Heimtali_vallavalitsus, lk 4
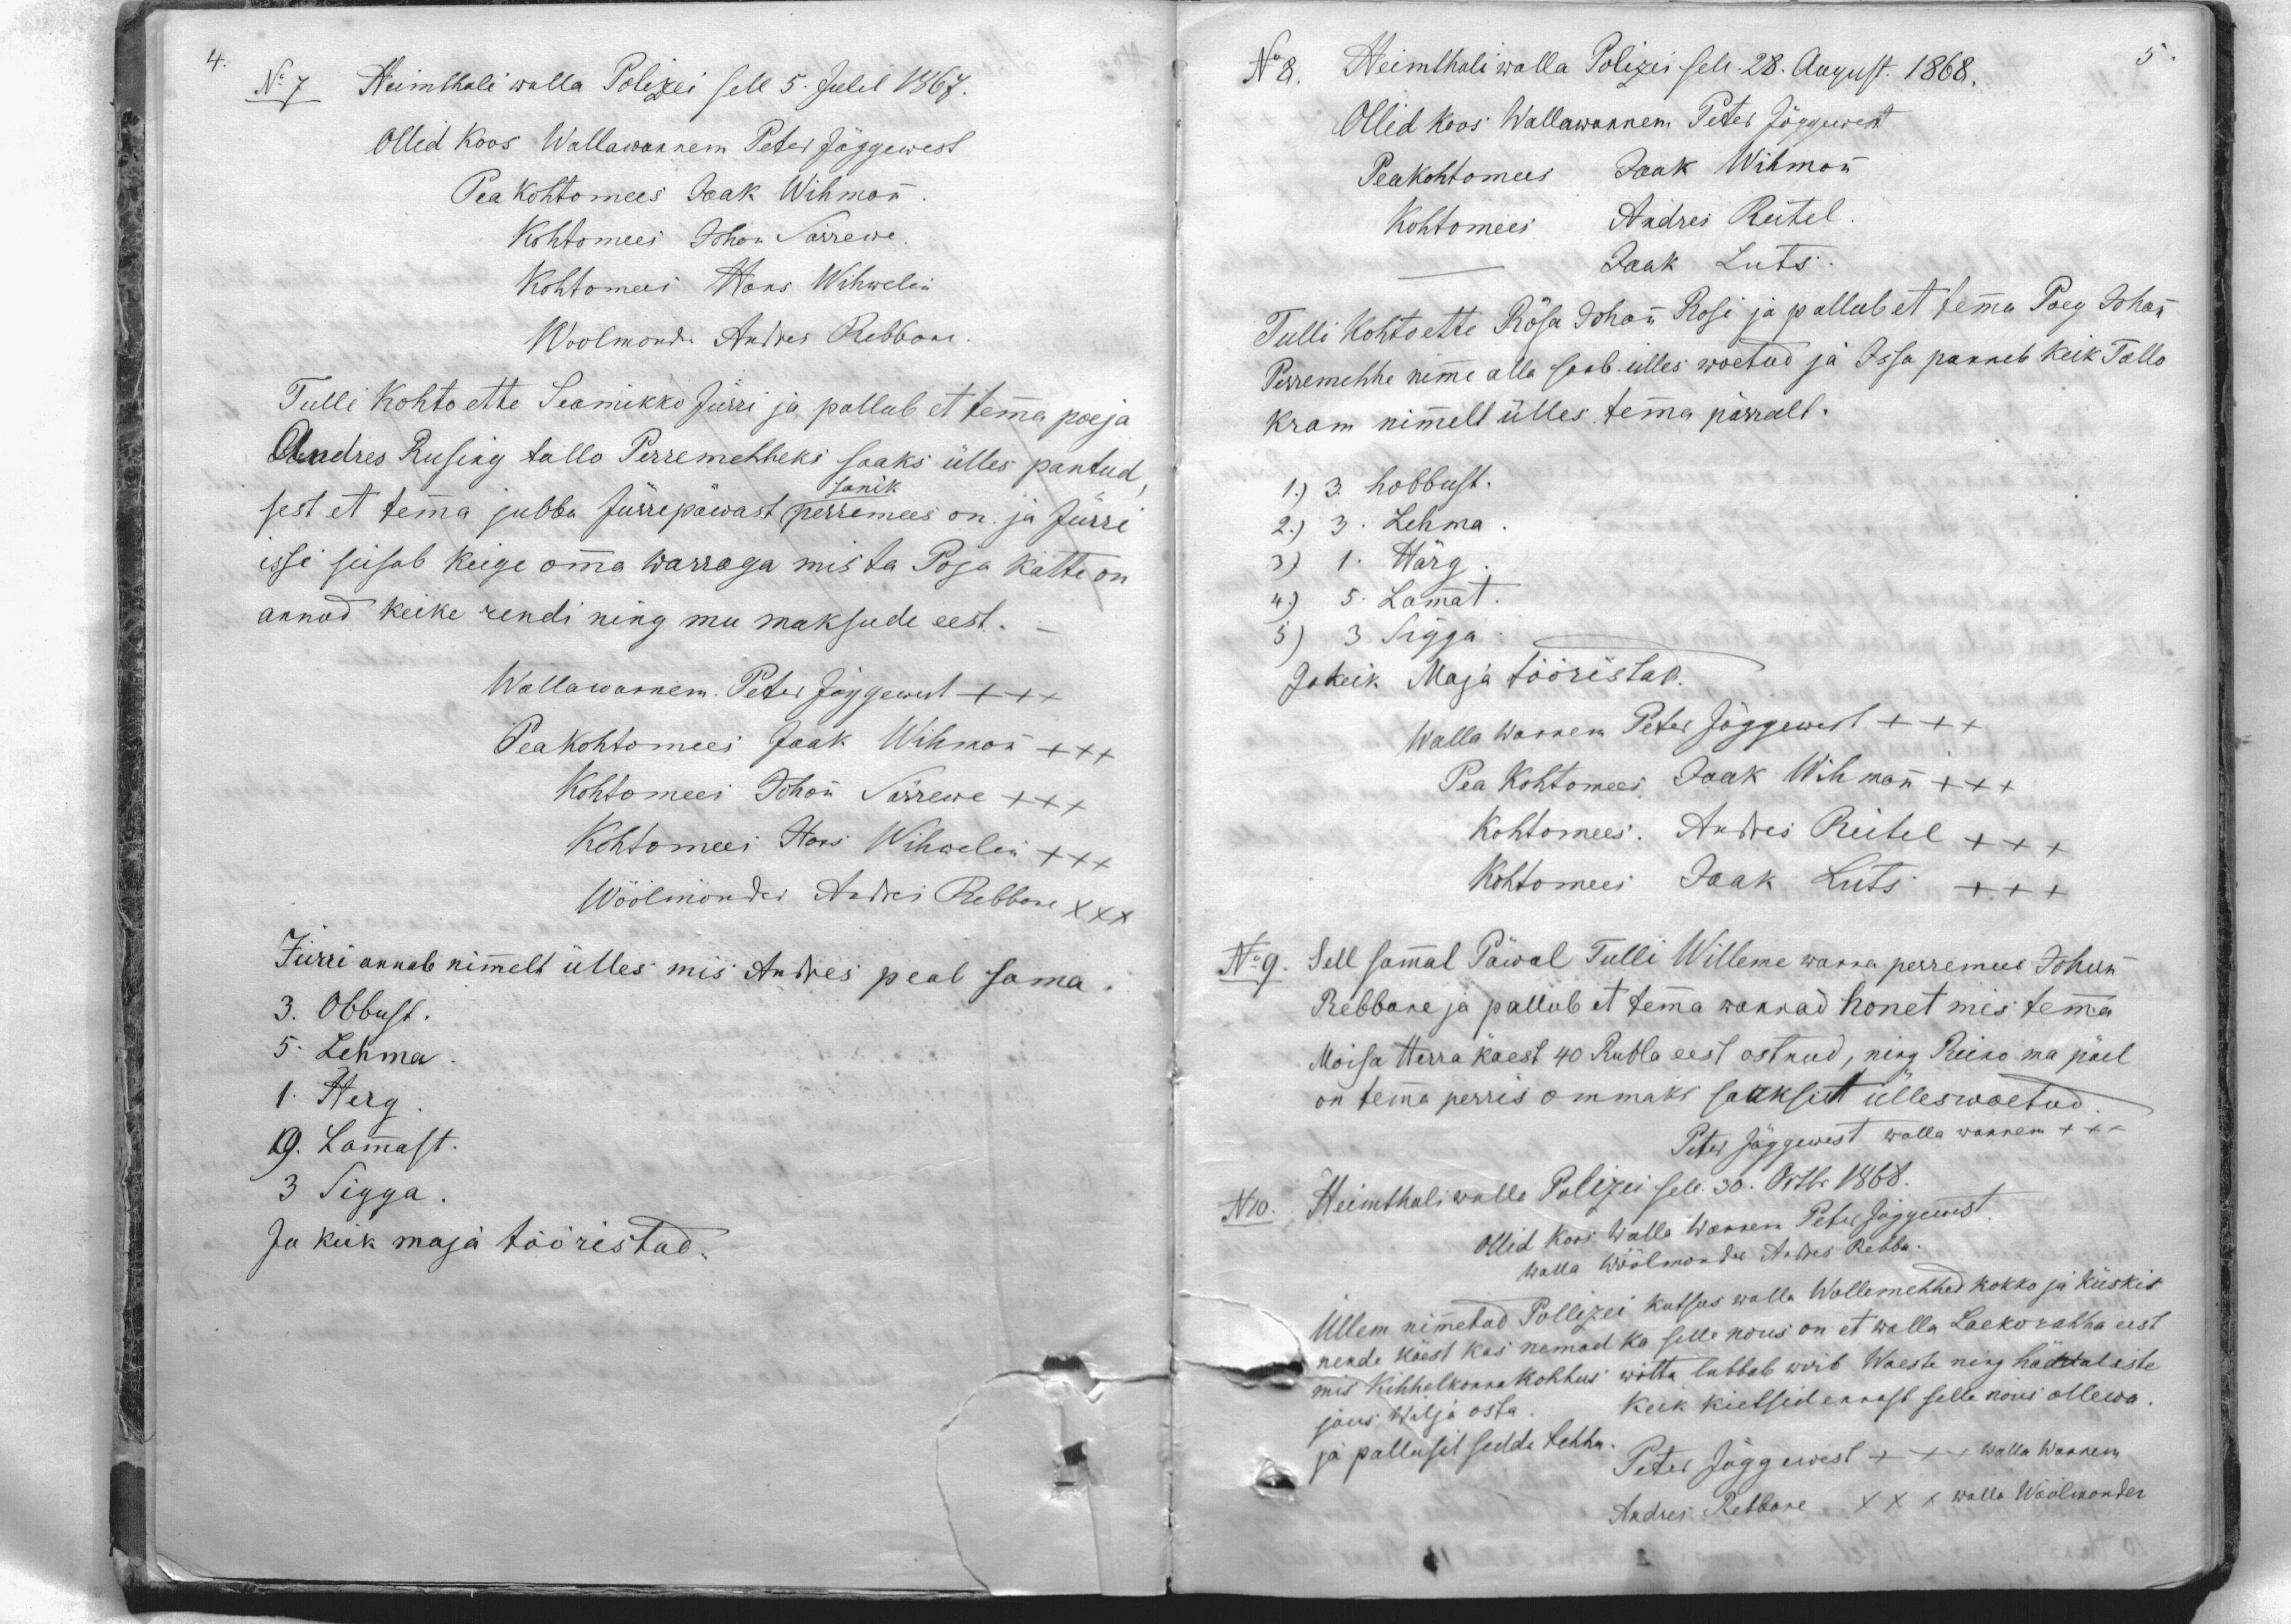
No 7 Heimthali walla Polizei sell 5. Julil 1867.
Olled Koos Wallawaannem Peter Jõggewest
Pea kohtomees Jaak Wihman
Kohtomees Johan Särrewe
Kohtomees Hans Wihwelin
Woolmondr Andres Rebbane
Tulli kohto ette Seamikko Jürri ja pallub et tema poeja
Andres Rusing tallo Perremehheks saaks ülles pantud,
sest et tema jubba Jürrepäwast perremees on ja Jürri
issi seisab keige omma warraga mis ta Poja kätte on
annud keike rendi ning mu maksude eest.
Wallawanem. Peter Jõggewest +++
Peakohtomees Jaak Wihman +++
Kohtomees Johan Särrewe XXX
Kohtomees Hans Wihwelin XXX
Wöölmönder Andres Rebbane XXX
Jürri annab nimmelt ülles mis Andres peab sama.
3. Obbust.
5. Lehma
1. Herg
19. Lamast.
3 Sigga
Ja keik maja tööristad.

No 8. Heimthali walla Polizei sell 28. August. 1868.
Ollid koos Wallawannem Peter Jõggewest
Peakohtomees Jaak Wihman
Kohtomees Andres Reitel
Jaak Luts.
Tulli kohto ette Rõsa Johan Rosi ja pallub et tema Poeg Johan
Perremehhe nimme alla saab ülles wõetud ja Issa panneb keik Tallo
Kram nimelt ülles temma pärralt.
1) 3. hobbust.
2.) 3. Lehma
3) 1. Härg
4) 5. Lammat.
5) 3 Sigga
Ja keik Maja tööristad.
Walla Wannem Peter Jõggewest +++
Pea Kohtomees Jaak Wihman +++
Kohtomees. Andres Reitel +++
Kohtomees Jaak Luts XXX
No 9. Sell samal Päwal Tulli Willeme wanna perremees Johan
Rebbane ja pallub et tema wannad honet mis temma
Moisa Herra käest 40 Rubla eest ostnud, ning Reino ma päel
on temma perris ommaks saaksit ülleswoetud.
Peter Jõggewest walla wannem +++
N10. Heimthali walla Polizei sell 30. Oktbr. 1868.
Ollid Koos Walla Wannem Peter Jõggewest.
walla wöölmonder Andres Rebba.
Üllem nimmetad Pollizei kutsus walla Wollemehhed kokko ja küskis
nende käest kas nemad ka selle nous on et walla Laekorahha eest
mis Kihhelkonnakohhus wõtta lubbab woib Waeste ning hättaliste
jaus Wäljä osta. Keik kietsid ennast selle nous ollewa
ja pallusit sedda tehha.
Peter Jõggewest +++ walla Wannem
Andres Rebbane XXX walla Wöölmonder